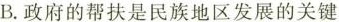
B.政府的帮扶是民族地区发展的关键